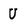
Character: U